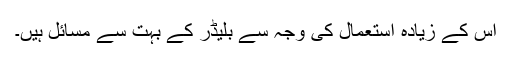
اس کے زیادہ استعمال کی وجہ سے بلیڈر کے بہت سے مسائل ہیں۔